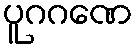
ပူဂဂဏေ